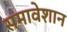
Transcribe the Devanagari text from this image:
समावेशान